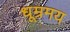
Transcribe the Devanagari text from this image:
धूम्रमय